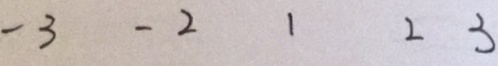
- 3 - 2 1 2 3